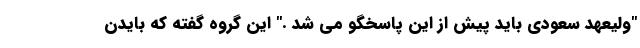
"ولیعهد سعودی باید پیش از این پاسخگو می شد ." این گروه گفته که بایدن